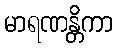
မာရဏန္တိကာ